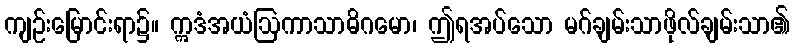
ကျဉ်းမြောင်းရာ၌။ ဣဒံအယံဩကာသာဓိဂမော၊ ဤရအပ်သော မဂ်ချမ်းသာဖိုလ်ချမ်းသာ၏